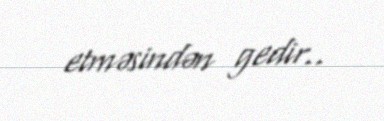
etməsindən gedir..